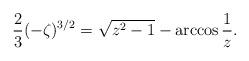
LaTeX: \begin{align*}{2\over3}(-\zeta)^{3/2}=\sqrt{z^2-1}-\arccos{1\over z}.\end{align*}